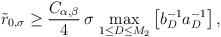
LaTeX: \begin{align*}\tilde r_{0,\sigma} \geq \frac{C_{\alpha,\beta}}{4}\, \sigma\, \max_{1 \leq D \leq M_2} \left[b_{D}^{-1} a_{D}^{-1}\right],\end{align*}